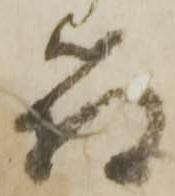
箱